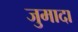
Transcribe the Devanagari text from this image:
जुमादा